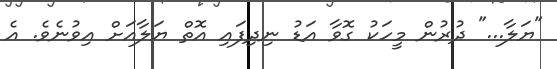
"ޔަލާ..." ދުރުން މީހަކު ގޮވާ އަޑު ނިދިފައި އޮތް ޔަލާއަށް އިވުނެވެ. އެ